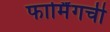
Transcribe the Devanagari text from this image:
फार्मिंगची